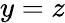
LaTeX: y=z